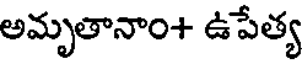
అమృతానాం+ ఉపేత్య